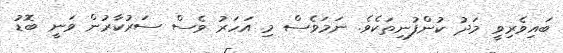
ބައިވެރިވީ މަދު ކުންފުނިތަކެވެ. ނަމަވެސް މި އަހަރު ވެސް ސަރުކާރުން ވަނީ ބޮޑު